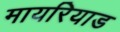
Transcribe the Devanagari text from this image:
मायरियाड